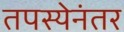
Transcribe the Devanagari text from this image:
तपस्येनंतर